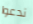
ندعوا